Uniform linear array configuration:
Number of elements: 16
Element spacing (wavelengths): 0.75
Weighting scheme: cosine
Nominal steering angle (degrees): -45
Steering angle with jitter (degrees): -46.868
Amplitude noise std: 0.05
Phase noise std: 0.05

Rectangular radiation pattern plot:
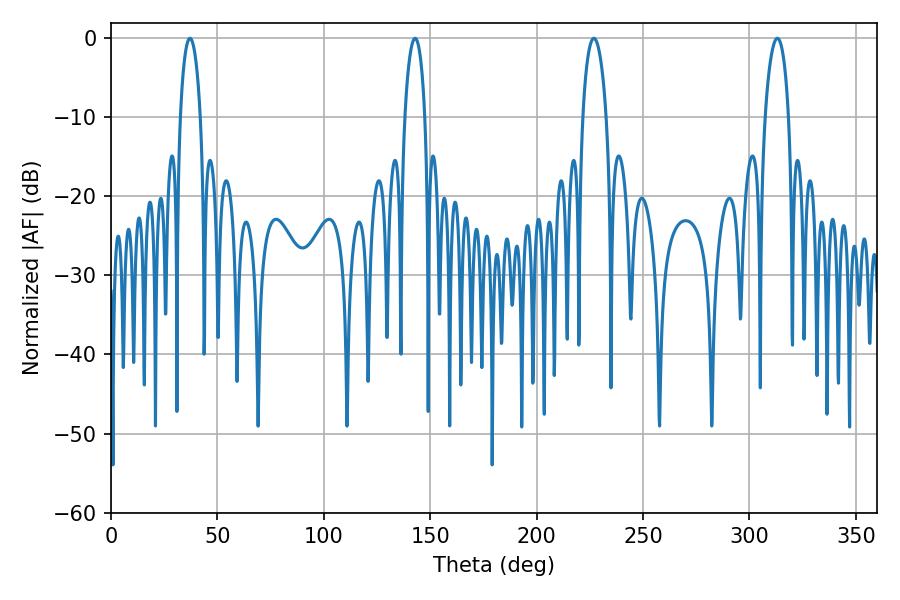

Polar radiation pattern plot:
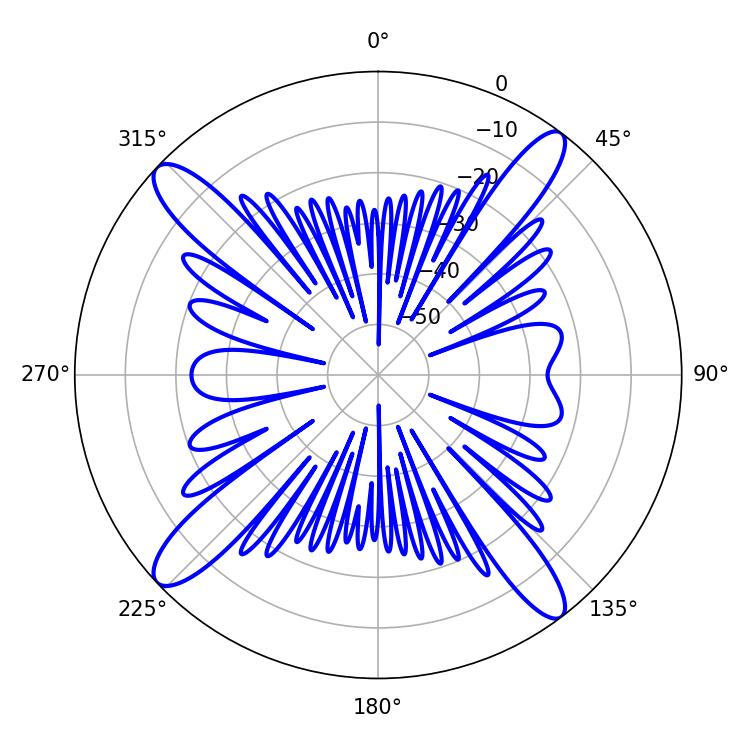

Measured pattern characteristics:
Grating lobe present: TRUE
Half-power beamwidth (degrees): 5.22
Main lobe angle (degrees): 37.08